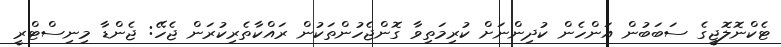
ޓެކްނޮލޮޖީގެ ސަބަބުން އަންހެން ކުދިންނަށް ކުރިމަތިވާ ގޮންޖެހުންތަކުން ރައްކާތެރިކުރަން ޖެހޭ: ޖެންޑާ މިނިސްޓްރީ